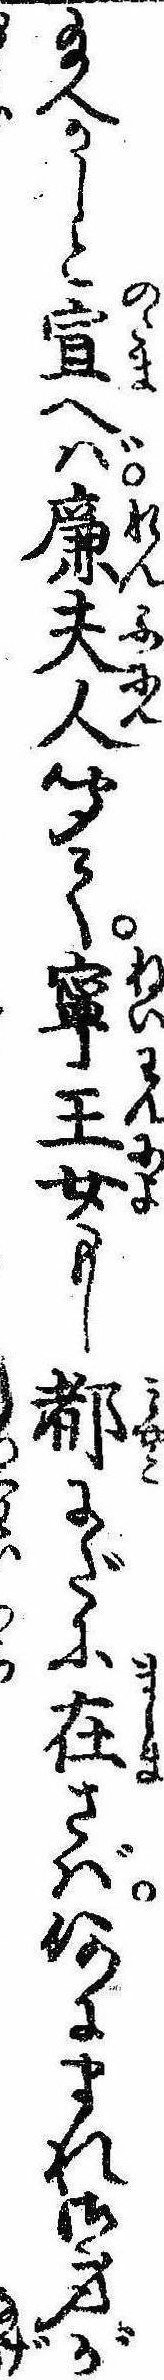
給へかしと宣へば廉夫人聞て寧王女もし都にだに在さば何にまれ御身が